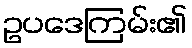
ဥပဒေကြမ်း၏